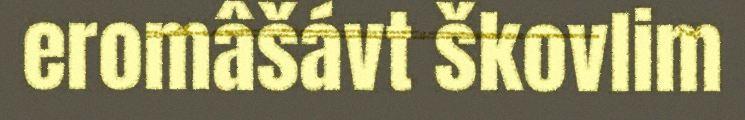
eromâšávt škovlim